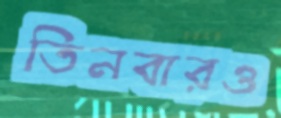
তিনবারও